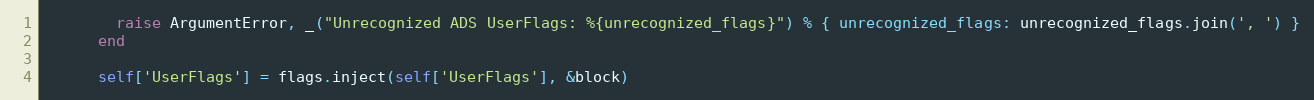
Language: Ruby
        raise ArgumentError, _("Unrecognized ADS UserFlags: %{unrecognized_flags}") % { unrecognized_flags: unrecognized_flags.join(', ') }
      end

      self['UserFlags'] = flags.inject(self['UserFlags'], &block)